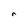
Character: r